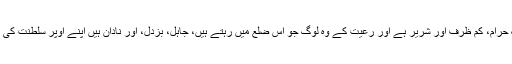
لیکن فرض کیجیے کہ ایک افسر بیوقوف، نمک حرام، کم ظرف اور شریر ہے اور رعیت کے وہ لوگ جو اس ضلع میں رہتے ہیں، جاہل، بزدل، اور نادان ہیں اپنے اوپر سلطنت کی گرفت ڈھیلی پاکر وہ بغاوت پر آمادہ ہوجاتا ہے۔